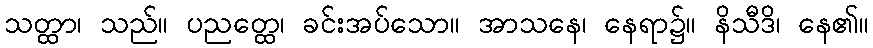
သတ္ထာ၊ သည်။ ပညတ္ထေ၊ ခင်းအပ်သော။ အာသနေ၊ နေရာ၌။ နိသီဒိ၊ နေ၏။